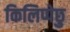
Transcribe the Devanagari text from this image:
किलिप्पेछु